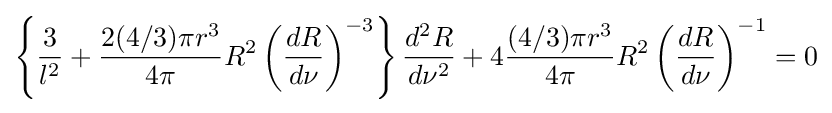
\left\{{\frac {3}{l^{2}}}+{\frac {2(4/3)\pi r^{3}}{4\pi }}R^{2}\left({\frac {dR}{d\nu }}\right)^{-3}\right\}{\frac {d^{2}R}{d\nu ^{2}}}+4{\frac {(4/3)\pi r^{3}}{4\pi }}R^{2}\left({\frac {dR}{d\nu }}\right)^{-1}=0